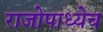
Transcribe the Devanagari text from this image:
राजोपाध्येच